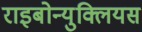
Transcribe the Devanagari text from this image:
राइबोन्युक्लियस